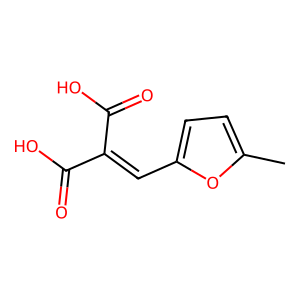
SMILES: Cc1ccc(C=C(C(=O)O)C(=O)O)o1
Inhibits HIV replication: Yes